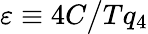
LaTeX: \varepsilon\equiv 4C\big/Tq_{4}